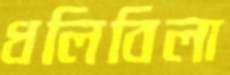
ধলিবিলা